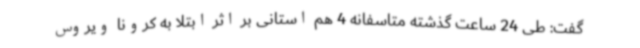
گفت: طی 24 ساعت گذشته متاسفانه 4 هم استانی بر اثر ابتلا به کرونا ویروس